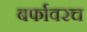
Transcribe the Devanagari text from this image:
बर्फावरच